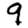
Digit: 9